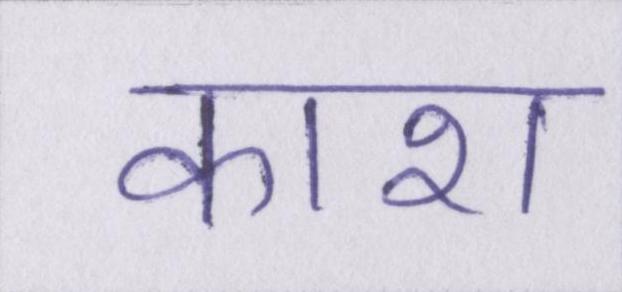
काश